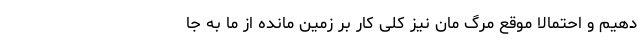
دهیم و احتمالاً موقع مرگ مان نیز کلی کار بر زمین مانده از ما به جا